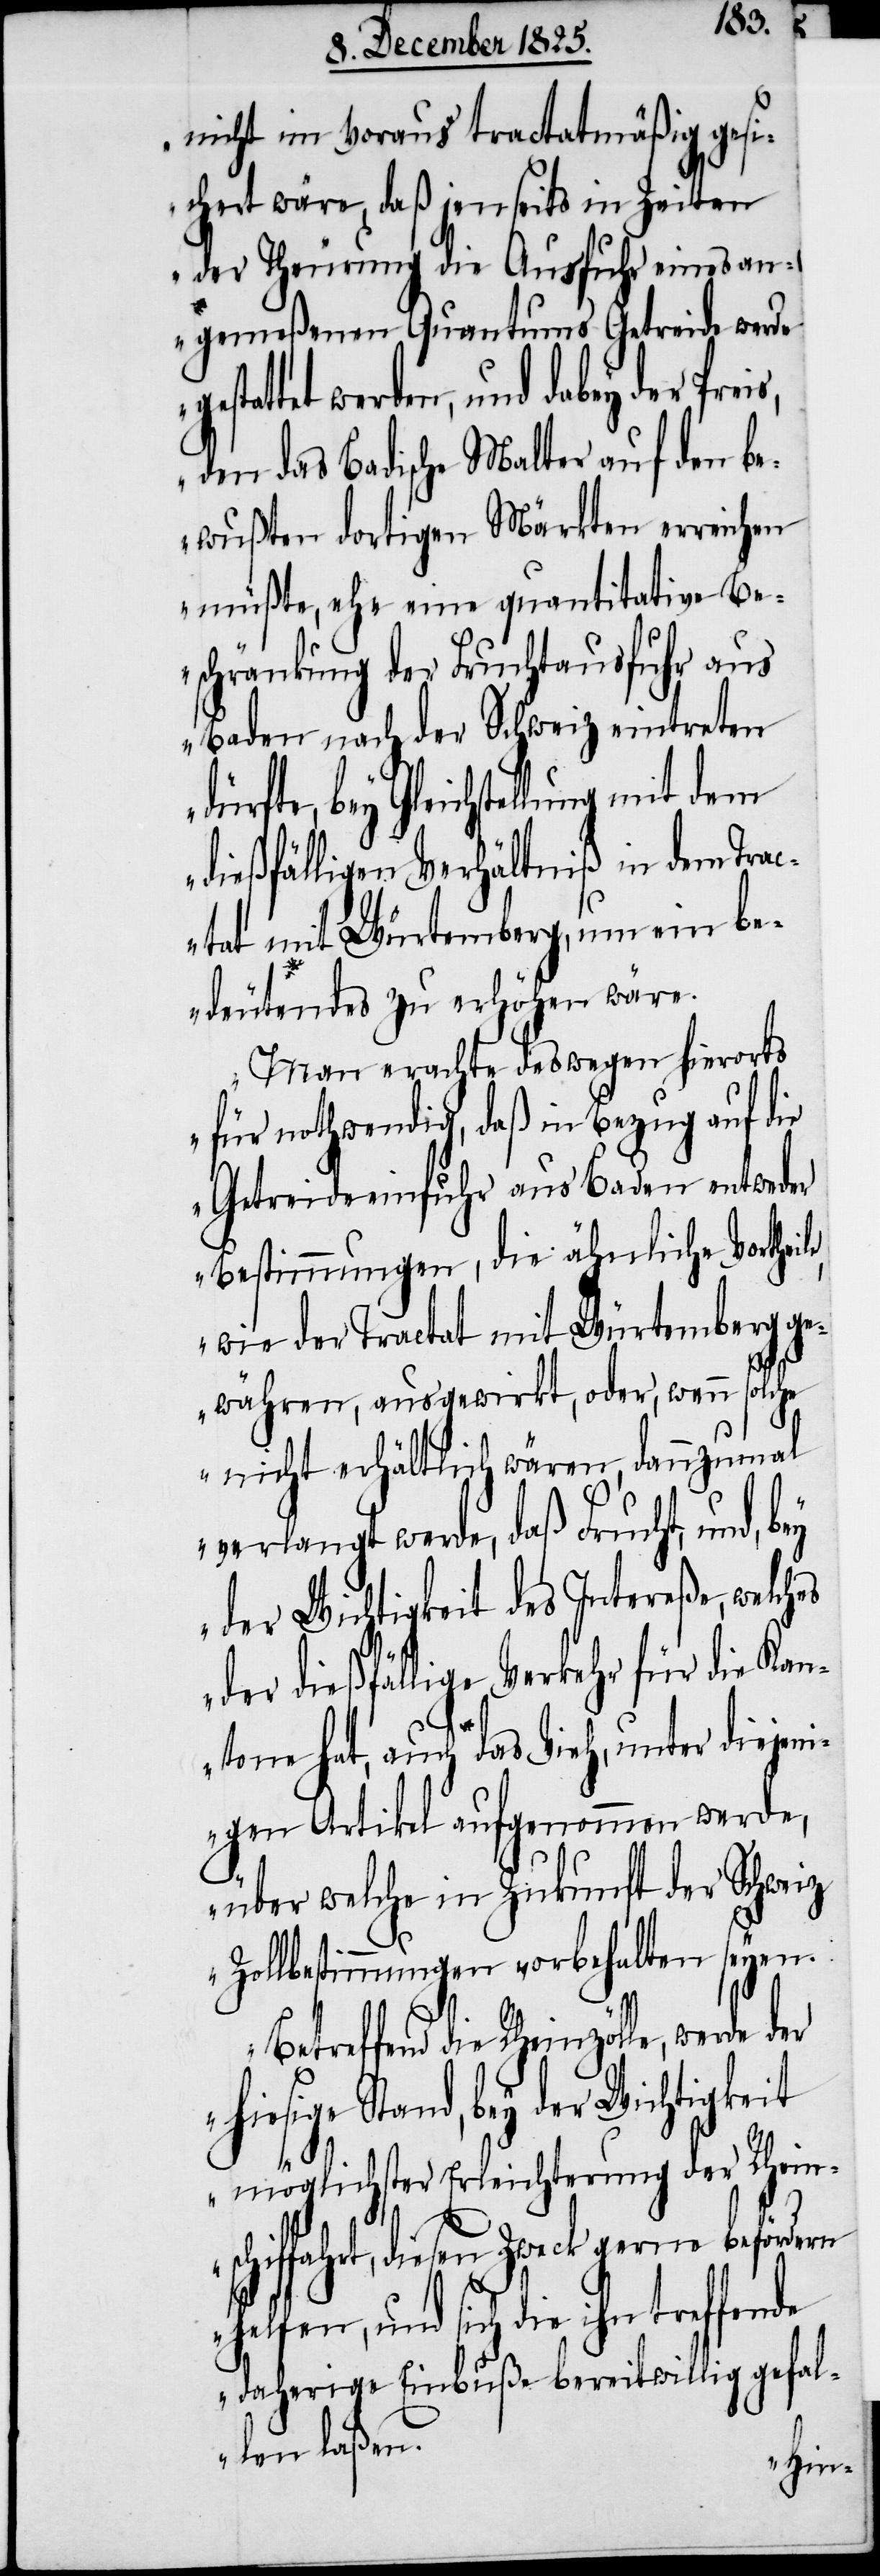
nicht im Voraus tractatsmäßig gesi¬
chert wäre, daß jenseits in Zeiten
der Theurung die Ausfuhr eines an¬
gemeßenen Quantums Getreide werde
stattet werden, und dabey der
den das Badische Malter auf den be¬
wußten dortigen Märkten erreichen
müßte, ehe eine quantitative Be¬
schränkung der Fruchtausfuhr aus
Baden nach der Schweiz eintreten
dürfte, bey Gleichstellung mit dem
dießfälligen Verhältniß in dem Tra¬
ctat mit Würtemberg, um ein be¬
deutendes zu erhöhen wäre.
Man erachte deswegen hierorts
für nothwendig, daß in Bezug auf die
Getreideeinfuhr aus Baden entweder
Bestimmungen, die ähnliche Vortheil¬
wie der Tractat mit Würtemberg ge¬
währen, ausgewirkt, oder, wenn solche
nicht erhältlich wären, dannzumal
verlangt werde, daß Frucht, und, bey
der Wichtigkeit des Intereße, welc¬
der dießfällige Verkehr für die Kan¬
tone hat, auch das Vieh, unter diejen¬
igen Artikel aufgenommen werde,
über welche in Zukunft der Schweiz
Zollabstimmungen vorbehalten seyen.
Betreffend die Rheinzölle, werde der
hiesige Stand, bey der Wichtigkeit
möglichster Erleichterung der Rheins¬
chiffahrt, diesen Zweck gerne befördern
und sich die ihn treffende
daherige Einbuße bereitwillig gefal¬
len laßen.
hes